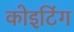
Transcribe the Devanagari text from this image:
कोइटिंग